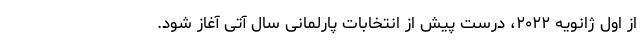
از اول ژانویه ۲۰۲۲، درست پیش از انتخابات پارلمانی سال آتی آغاز شود.